Vaccination in Bombay 1869-1873 - 1869-1873
Year: 1869
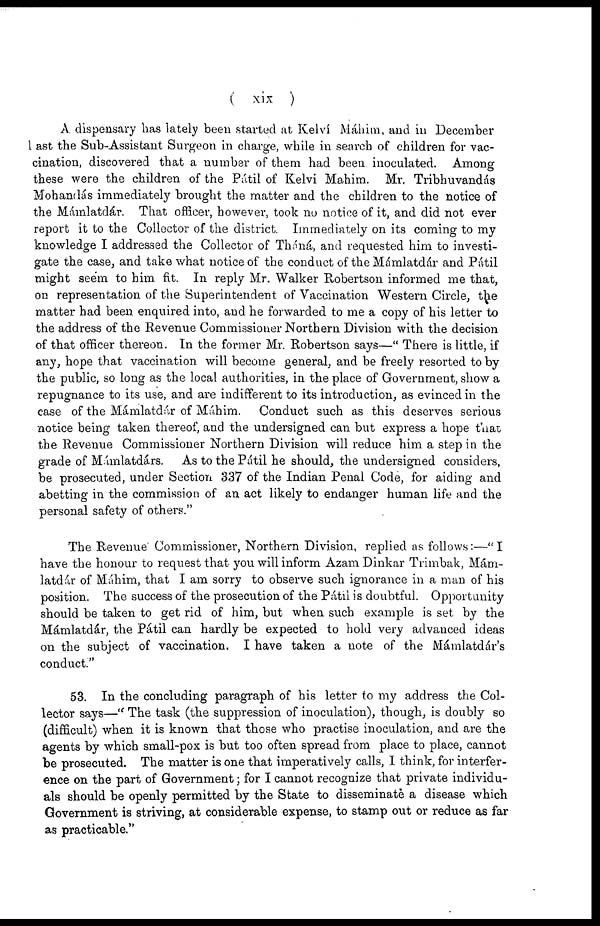
( xix )
A. dispensary has lately been started at Kelví Máhim, and in December
last the Sub-Assistant Surgeon in charge, while in search of children for vac-
cination, discovered that a number of them had been inoculated. Among
these were the children of the Pátil of Kelvi Mahim. Mr. Tribhuvandás
Mohandás immediately brought the matter and the children to the notice of
the Mámlatdár. That officer, however, took no notice of it, and did not ever
report it to the Collector of the district. Immediately on its coming to my
knowledge I addressed the Collector of Tháná, and requested him to investi-
gate the case, and take what notice of the conduct of the Mámlatdár and Pátil
might seem to him fit. In reply Mr. Walker Robertson informed me that,
on representation of the Superintendent of Vaccination Western Circle, the
matter had been enquired into, and he forwarded to me a copy of his letter to
the address of the Revenue Commissioner Northern Division with the decision
of that officer thereon. In the former Mr. Robertson says—" There is little, if
any, hope that vaccination will become general, and be freely resorted to by
the public, so long as the local authorities, in the place of Government, show a
repugnance to its use, and are indifferent to its introduction, as evinced in the
case of the Mámlatdár of Máhim. Conduct such as this deserves serious
notice being taken thereof, and the undersigned can but express a hope that
the Revenue Commissioner Northern Division will reduce him a step in the
grade of Mámlatdárs. As to the Pátil he should, the undersigned considers,
be prosecuted, under Section 337 of the Indian Penal Code, for aiding and
abetting in the commission of an act likely to endanger human life and the
personal safety of others."
The Revenue Commissioner, Northern Division, replied as follows:—"I
have the honour to request that you will inform Azam Dinkar Trimbak, Mám-
latdilr of Máhim, that I am sorry to observe such ignorance in a man of his
position. The success of the prosecution of the Pátil is doubtful. Opportunity
should be taken to get rid of him, but when such example is set by the
Mámlatdár, the Pátil can hardly be expected to hold very advanced ideas
on the subject of vaccination. I have taken a note of the Mámlatdár's
conduct."
53. In the concluding paragraph of his letter to my address the Col-
lector says—" The task (the suppression of inoculation), though, is doubly so
(difficult) when it is known that those who practise inoculation, and are the
agents by which small-pox is but too often spread from place to place, cannot
be prosecuted. The matter is one that imperatively calls, I think, for interfer-
ence on the part of Government; for I cannot recognize that private individu-
als should be openly permitted by the State to disseminatè a disease which
Government is striving, at considerable expense, to stamp out or reduce as far
as practicable."